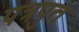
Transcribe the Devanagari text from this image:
पत्रपुत